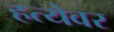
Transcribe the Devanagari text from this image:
हत्येवर